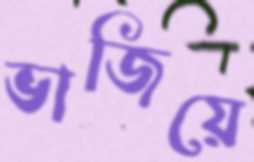
ভাজিয়ে